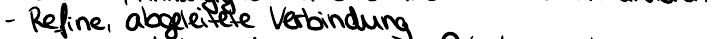
- Refine, abgeleitete Verbindung